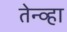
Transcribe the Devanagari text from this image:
तेन्व्हा